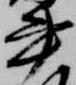
書